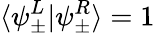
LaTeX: \langle\psi_{\pm}^{L}|\psi_{\pm}^{R}\rangle=1